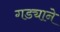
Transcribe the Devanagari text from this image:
गड्याने